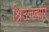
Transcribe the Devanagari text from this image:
श्रिउज़बारि